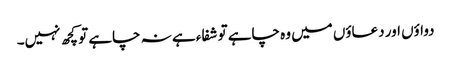
دواؤں اور دعاؤں میں وہ چاہے تو شفاء ہے نہ چاہے تو کچھ نہیں۔